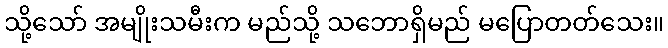
သို့သော် အမျိုးသမီးက မည်သို့ သဘောရှိမည် မပြောတတ်သေး။